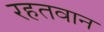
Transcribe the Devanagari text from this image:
रहतवान